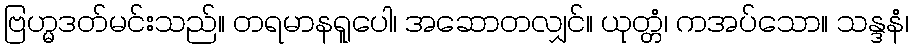
ဗြဟ္မဒတ်မင်းသည်။ တရမာနရူပေါ၊ အဆောတလျှင်။ ယုတ္တံ၊ ကအပ်သော။ သန္ဒနံ၊